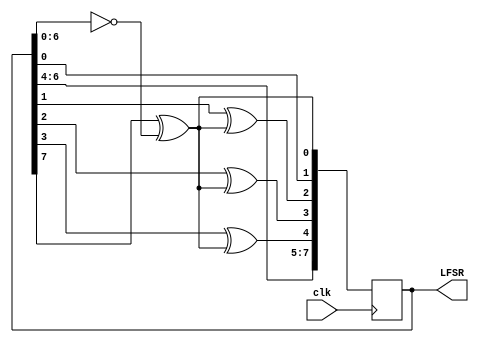
module LFSR8_11D
(
	input wire       clk,
	output reg [7:0] LFSR = 255
);
	// modified feedback allows to reach 256 states instead of 255
	wire feedback = LFSR[7] ^ (LFSR[6:0] == 7'b0000000);
	always @(posedge clk) begin
		LFSR[0] <= feedback;
		LFSR[1] <= LFSR[0];
		LFSR[2] <= LFSR[1] ^ feedback;
		LFSR[3] <= LFSR[2] ^ feedback;
		LFSR[4] <= LFSR[3] ^ feedback;
		LFSR[5] <= LFSR[4];
		LFSR[6] <= LFSR[5];
		LFSR[7] <= LFSR[6];
	end
endmodule